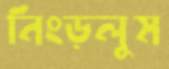
নিংড়লুম